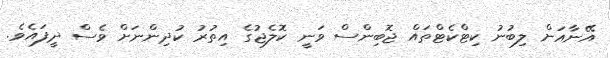
އޭނާއަށް ލިބުނު ކިޓްކެޓްތައް ޖޮބިންސް ވަނީ ކޮލެޖުގެ އިތުރު ކުދިންނަށް ވެސް ދީފައެވެ.